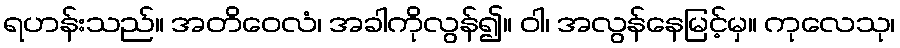
ရဟန်းသည်။ အတိဝေလံ၊ အခါကိုလွန်၍။ ဝါ၊ အလွန်နေမြင့်မှ။ ကုလေသု၊